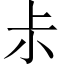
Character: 尗